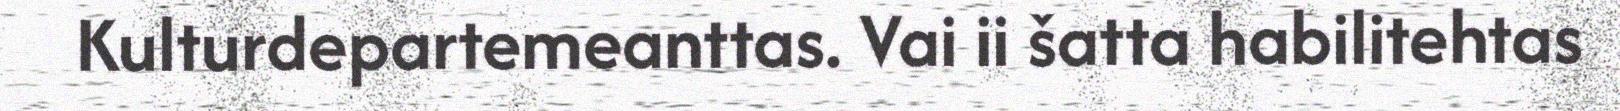
Kulturdepartemeanttas. Vai ii šatta habilitehtas